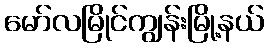
မော်လမြိုင်ကျွန်းမြို့နယ်